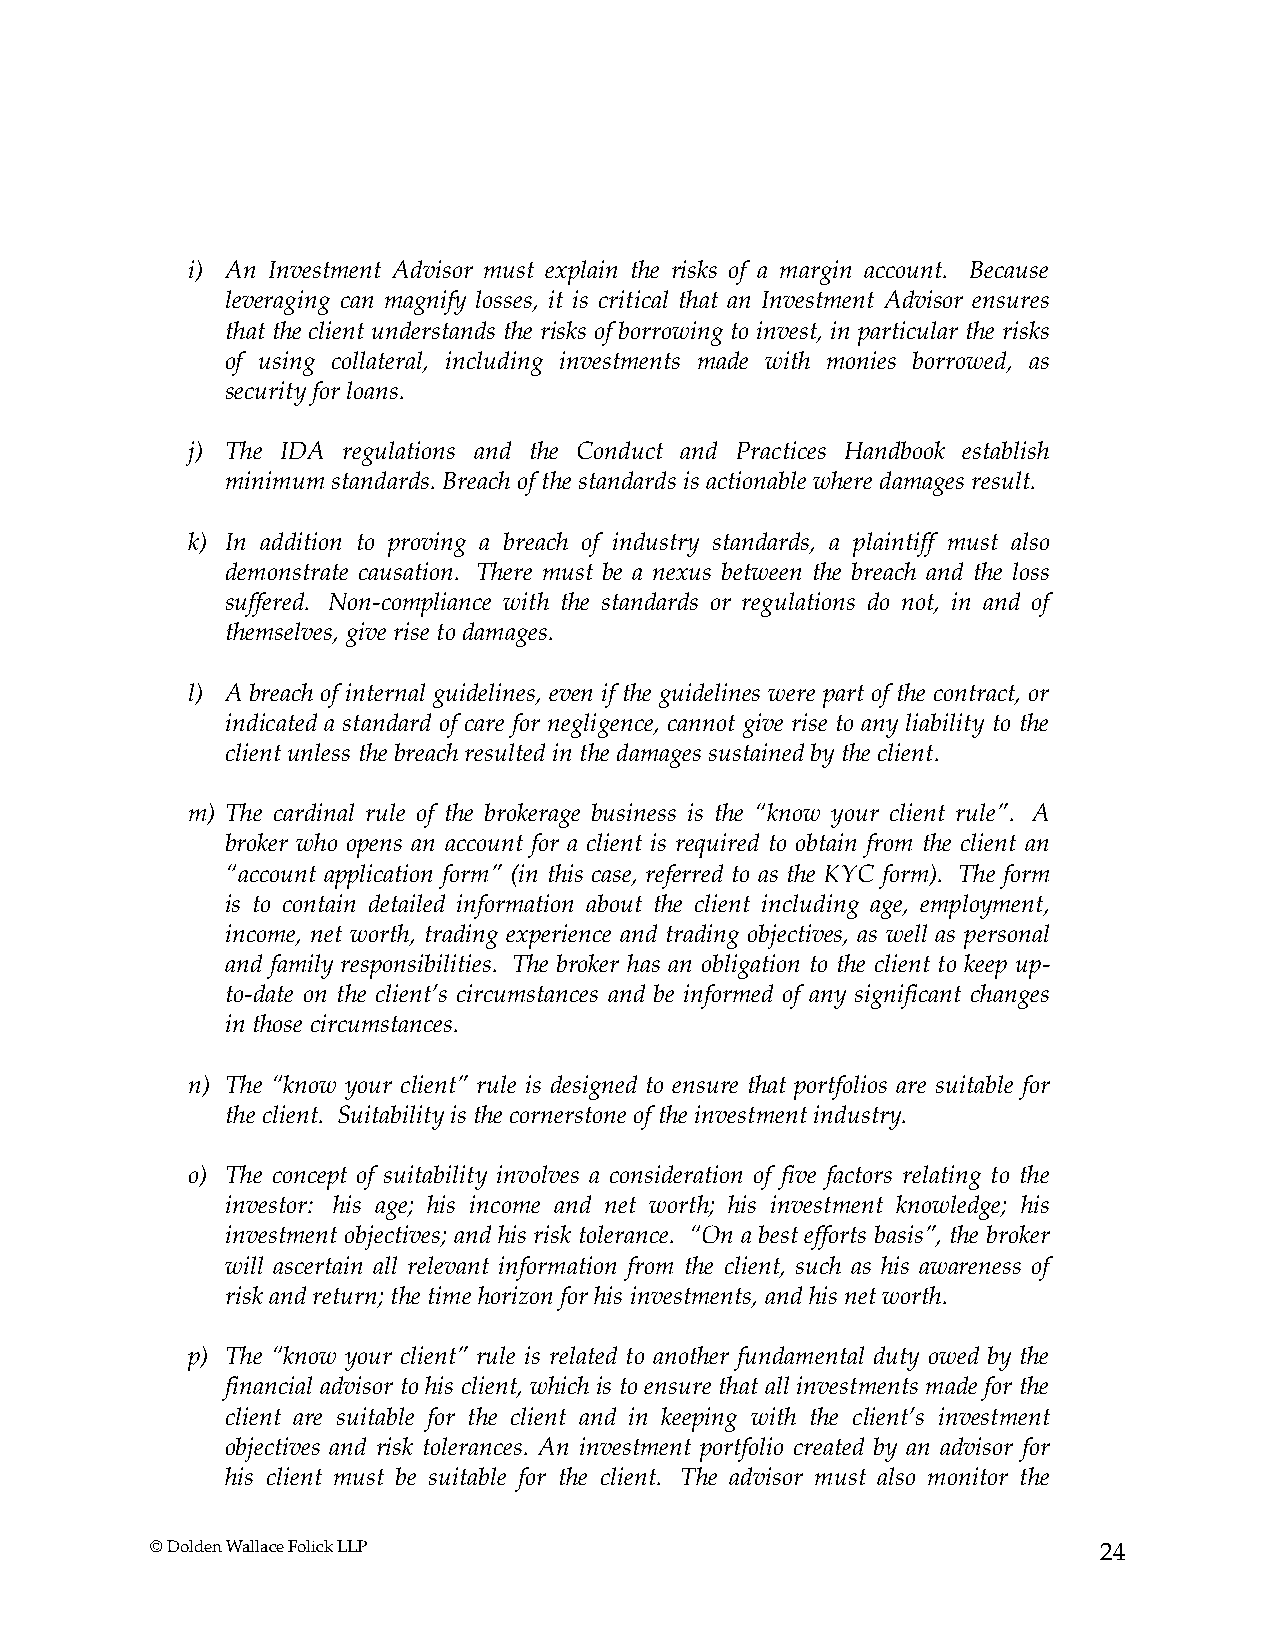
i) An Investment Advisor must explain the risks of a margin account. Because
 leveraging can magnify losses, it is critical that an Investment Advisor ensures
 that the client understands the risks of borrowing to invest, in particular the risks
 of using collateral, including investments made with monies borrowed, as
 security for loans.
 j) The IDA regulations and the Conduct and Practices Handbook establish
 minimum standards. Breach of the standards is actionable where damages result.
 k) In addition to proving a breach of industry standards, a plaintiff must also
 demonstrate causation. There must be a nexus between the breach and the loss
 suffered. Non-compliance with the standards or regulations do not, in and of
 themselves, give rise to damages.
 l) A breach of internal guidelines, even if the guidelines were part of the contract, or
 indicated a standard of care for negligence, cannot give rise to any liability to the
 client unless the breach resulted in the damages sustained by the client.
 m) The cardinal rule of the brokerage business is the “know your client rule”. A
 broker who opens an account for a client is required to obtain from the client an
 “account application form” (in this case, referred to as the KYC form). The form
 is to contain detailed information about the client including age, employment,
 income, net worth, trading experience and trading objectives, as well as personal
 and family responsibilities. The broker has an obligation to the client to keep up-
 to-date on the client’s circumstances and be informed of any significant changes
 in those circumstances.
 n) The “know your client” rule is designed to ensure that portfolios are suitable for
 the client. Suitability is the cornerstone of the investment industry.
 o) The concept of suitability involves a consideration of five factors relating to the
 investor: his age; his income and net worth; his investment knowledge; his
 investment objectives; and his risk tolerance. “On a best efforts basis”, the broker
 will ascertain all relevant information from the client, such as his awareness of
 risk and return; the time horizon for his investments, and his net worth.
 p) The “know your client” rule is related to another fundamental duty owed by the
 financial advisor to his client, which is to ensure that all investments made for the
 client are suitable for the client and in keeping with the client’s investment
 objectives and risk tolerances. An investment portfolio created by an advisor for
 his client must be suitable for the client. The advisor must also monitor the
 © Dolden Wallace Folick LLP                                    24